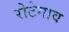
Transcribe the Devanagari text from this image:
रोटेगाव